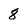
Character: 8